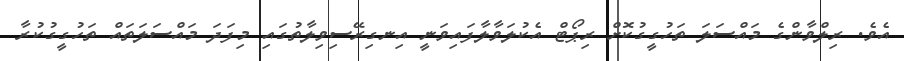
އެވެ. ރިލްވާންގެ މައްސަލަ ތަހުގީގުކޮށް ރިޕޯޓް އެކުލަވާލާފައިވަނީ އިނގިރޭސިވިލާތުގައި މިފަދަ މައްސަލަތައް ތަހުގީގުކުރާ